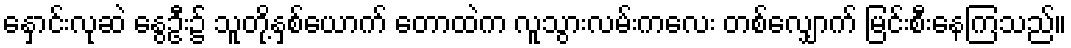
နှောင်းလုဆဲ နွေဦး၌ သူတို့နှစ်ယောက် တောထဲက လူသွားလမ်းကလေး တစ်လျှောက် မြင်းစီးနေကြသည်။